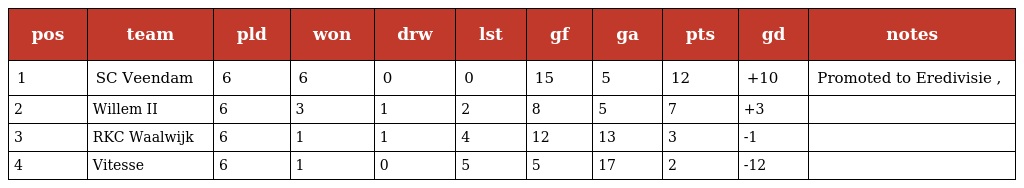
| pos | team | pld | won | drw | lst | gf | ga | pts | gd | notes |
 | --- | --- | --- | --- | --- | --- | --- | --- | --- | --- | --- |
 | 1 | SC Veendam | 6 | 6 | 0 | 0 | 15 | 5 | 12 | +10 | Promoted to Eredivisie , |
 | 2 | Willem II | 6 | 3 | 1 | 2 | 8 | 5 | 7 | +3 |  |
 | 3 | RKC Waalwijk | 6 | 1 | 1 | 4 | 12 | 13 | 3 | -1 |  |
 | 4 | Vitesse | 6 | 1 | 0 | 5 | 5 | 17 | 2 | -12 |  |